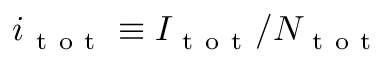
i _ { \mathrm { ~ t ~ o ~ t ~ } } \equiv I _ { \mathrm { ~ t ~ o ~ t ~ } } / N _ { \mathrm { ~ t ~ o ~ t ~ } }